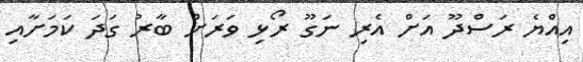
އިއްޔެ ރަސްދޫ އަށް އެރި ނަގޫ ރޯޅި ވަރަށް ބާރު ގަދަ ކަމަށާއި